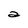
Character: a